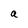
Character: a